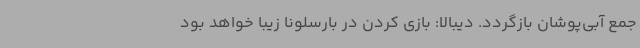
جمع آبی‌پوشان بازگردد. دیبالا: بازی کردن در بارسلونا زیبا خواهد بود